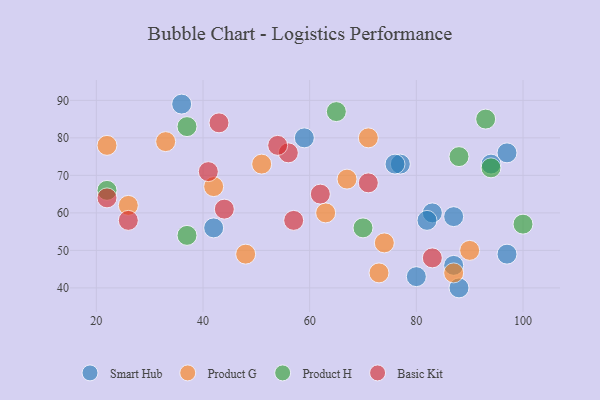
{"axis": {"x": "GDP", "y": "Life Expectancy"}, "legend": ["Basic Kit", "Product G", "Product H", "Smart Hub"], "data": [{"x": "88", "y": 40, "type": "Smart Hub"}, {"x": "42", "y": 56, "type": "Smart Hub"}, {"x": "77", "y": 73, "type": "Smart Hub"}, {"x": "97", "y": 76, "type": "Smart Hub"}, {"x": "94", "y": 73, "type": "Smart Hub"}, {"x": "97", "y": 49, "type": "Smart Hub"}, {"x": "87", "y": 46, "type": "Smart Hub"}, {"x": "76", "y": 73, "type": "Smart Hub"}, {"x": "87", "y": 59, "type": "Smart Hub"}, {"x": "36", "y": 89, "type": "Smart Hub"}, {"x": "83", "y": 60, "type": "Smart Hub"}, {"x": "82", "y": 58, "type": "Smart Hub"}, {"x": "59", "y": 80, "type": "Smart Hub"}, {"x": "80", "y": 43, "type": "Smart Hub"}, {"x": "42", "y": 67, "type": "Product G"}, {"x": "26", "y": 62, "type": "Product G"}, {"x": "71", "y": 80, "type": "Product G"}, {"x": "51", "y": 73, "type": "Product G"}, {"x": "67", "y": 69, "type": "Product G"}, {"x": "74", "y": 52, "type": "Product G"}, {"x": "87", "y": 44, "type": "Product G"}, {"x": "90", "y": 50, "type": "Product G"}, {"x": "48", "y": 49, "type": "Product G"}, {"x": "63", "y": 60, "type": "Product G"}, {"x": "33", "y": 79, "type": "Product G"}, {"x": "22", "y": 78, "type": "Product G"}, {"x": "73", "y": 44, "type": "Product G"}, {"x": "65", "y": 87, "type": "Product H"}, {"x": "93", "y": 85, "type": "Product H"}, {"x": "37", "y": 83, "type": "Product H"}, {"x": "94", "y": 72, "type": "Product H"}, {"x": "22", "y": 66, "type": "Product H"}, {"x": "88", "y": 75, "type": "Product H"}, {"x": "37", "y": 54, "type": "Product H"}, {"x": "100", "y": 57, "type": "Product H"}, {"x": "70", "y": 56, "type": "Product H"}, {"x": "57", "y": 58, "type": "Basic Kit"}, {"x": "43", "y": 84, "type": "Basic Kit"}, {"x": "83", "y": 48, "type": "Basic Kit"}, {"x": "44", "y": 61, "type": "Basic Kit"}, {"x": "62", "y": 65, "type": "Basic Kit"}, {"x": "22", "y": 64, "type": "Basic Kit"}, {"x": "41", "y": 71, "type": "Basic Kit"}, {"x": "56", "y": 76, "type": "Basic Kit"}, {"x": "71", "y": 68, "type": "Basic Kit"}, {"x": "26", "y": 58, "type": "Basic Kit"}, {"x": "54", "y": 78, "type": "Basic Kit"}]}